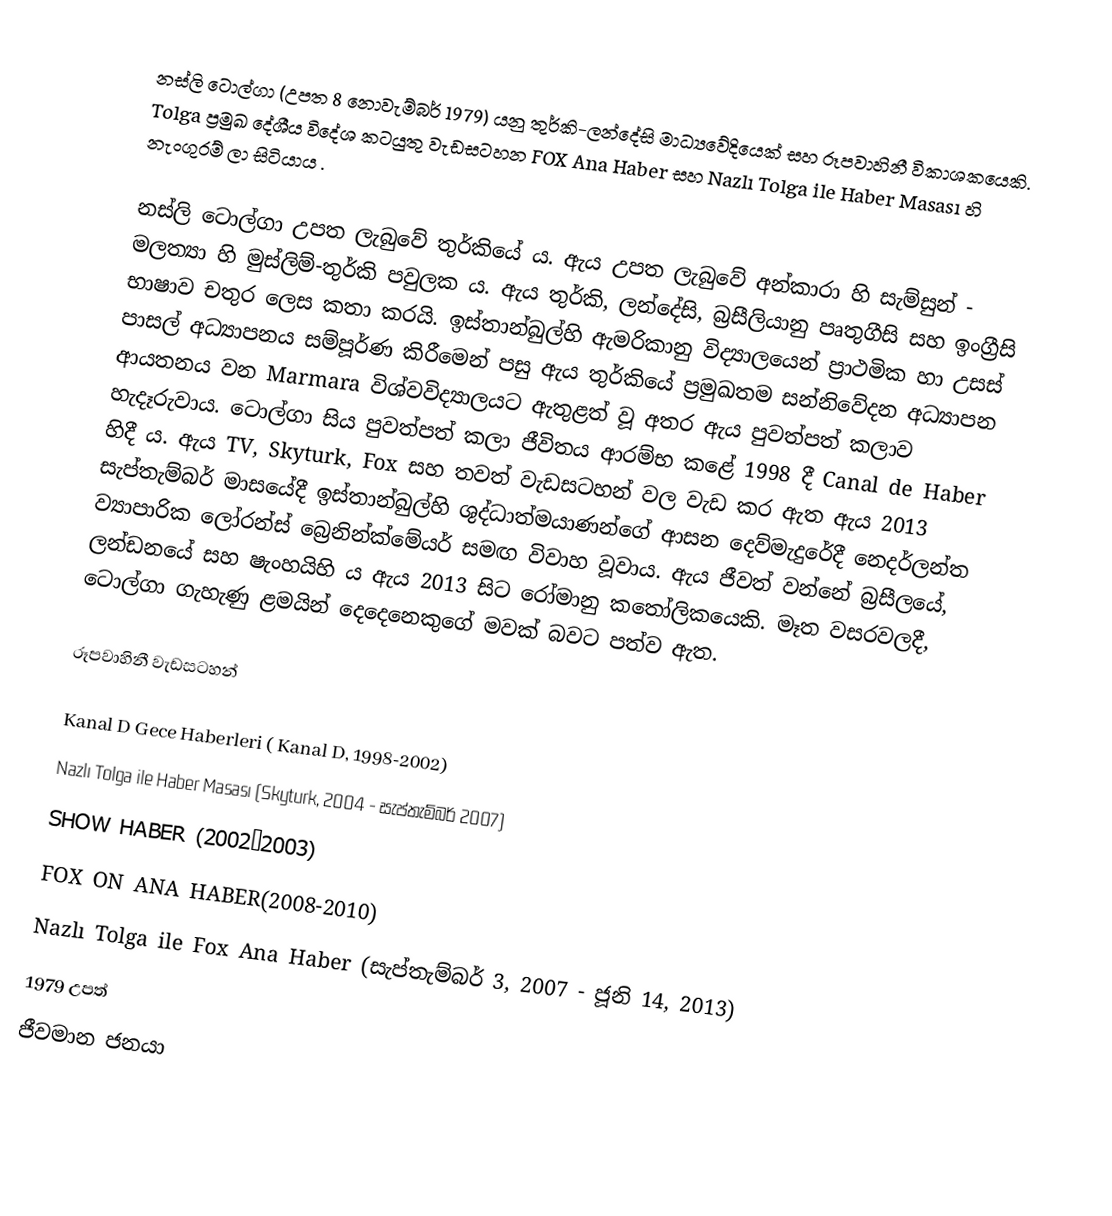
නස්ලි ටොල්ගා (උපත 8 නොවැම්බර් 1979) යනු තුර්කි-ලන්දේසි මාධ්‍යවේදියෙක් සහ රූපවාහිනී විකාශකයෙකි. Tolga ප්‍රමුඛ දේශීය විදේශ කටයුතු වැඩසටහන FOX Ana Haber සහ Nazlı Tolga ile Haber Masası හි නැංගුරම් ලා සිටියාය .

නස්ලි ටොල්ගා උපත ලැබුවේ තුර්කියේ ය. ඇය උපත ලැබුවේ අන්කාරා හි සැම්සුන් - මලත්‍යා හි මුස්ලිම්-තුර්කි පවුලක ය. ඇය තුර්කි, ලන්දේසි, බ්‍රසීලියානු පෘතුගීසි සහ ඉංග්‍රීසි භාෂාව චතුර ලෙස කතා කරයි. ඉස්තාන්බුල්හි ඇමරිකානු විද්‍යාලයෙන් ප්‍රාථමික හා උසස් පාසල් අධ්‍යාපනය සම්පූර්ණ කිරීමෙන් පසු ඇය තුර්කියේ ප්‍රමුඛතම සන්නිවේදන අධ්‍යාපන ආයතනය වන Marmara විශ්වවිද්‍යාලයට ඇතුළත් වූ අතර ඇය පුවත්පත් කලාව හැදෑරුවාය. ටොල්ගා සිය පුවත්පත් කලා ජීවිතය ආරම්භ කළේ 1998 දී Canal de Haber හිදී ය. ඇය TV, Skyturk, Fox සහ තවත් වැඩසටහන් වල වැඩ කර ඇත ඇය 2013 සැප්තැම්බර් මාසයේදී ඉස්තාන්බුල්හි ශුද්ධාත්මයාණන්ගේ ආසන දෙව්මැදුරේදී නෙදර්ලන්ත ව්‍යාපාරික ලෝරන්ස් බ්‍රෙනින්ක්මේයර් සමඟ විවාහ වූවාය. ඇය ජීවත් වන්නේ බ්‍රසීලයේ, ලන්ඩනයේ සහ ෂැංහයිහි ය ඇය 2013 සිට රෝමානු කතෝලිකයෙකි. මෑත වසරවලදී, ටොල්ගා ගැහැණු ළමයින් දෙදෙනෙකුගේ මවක් බවට පත්ව ඇත.

රූපවාහිනී වැඩසටහන්

 Kanal D Gece Haberleri ( Kanal D, 1998-2002)
 Nazlı Tolga ile Haber Masası (Skyturk, 2004 - සැප්තැම්බර් 2007)
 SHOW HABER (2002–2003)
 FOX ON ANA HABER(2008-2010)
 Nazlı Tolga ile Fox Ana Haber (සැප්තැම්බර් 3, 2007 - ජූනි 14, 2013)
1979 උපත්
ජීවමාන ජනයා